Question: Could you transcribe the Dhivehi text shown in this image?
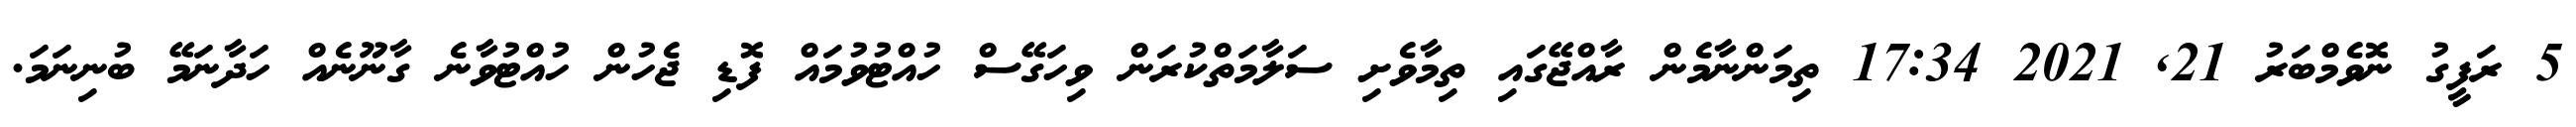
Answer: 5 ރަފީގު ނޮވެމްބަރު 21, 2021 17:34 ތިމަންނާމެން ރާއްޖޭގައި ތިމާވެށި ސަލާމަތްކުރަން ވިހަގޭސް ހުއްޓުވުމައް ފޮޑި ޖެހުން ހުއްޓުވާނެ ގާނޫނެއް ހަދާނަމޭ ބުނިނަމަ.